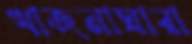
খাজনাঘারা